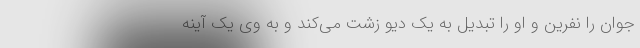
جوان را نفرین و او را تبدیل به یک دیو زشت می‌کند و به وی یک آینهٔ